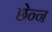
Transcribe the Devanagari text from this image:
छेन्न